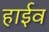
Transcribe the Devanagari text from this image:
हाईव